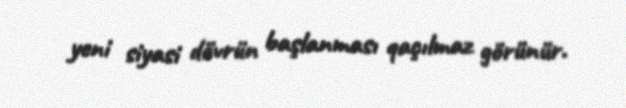
yeni siyasi dövrün başlanması qaçılmaz görünür.